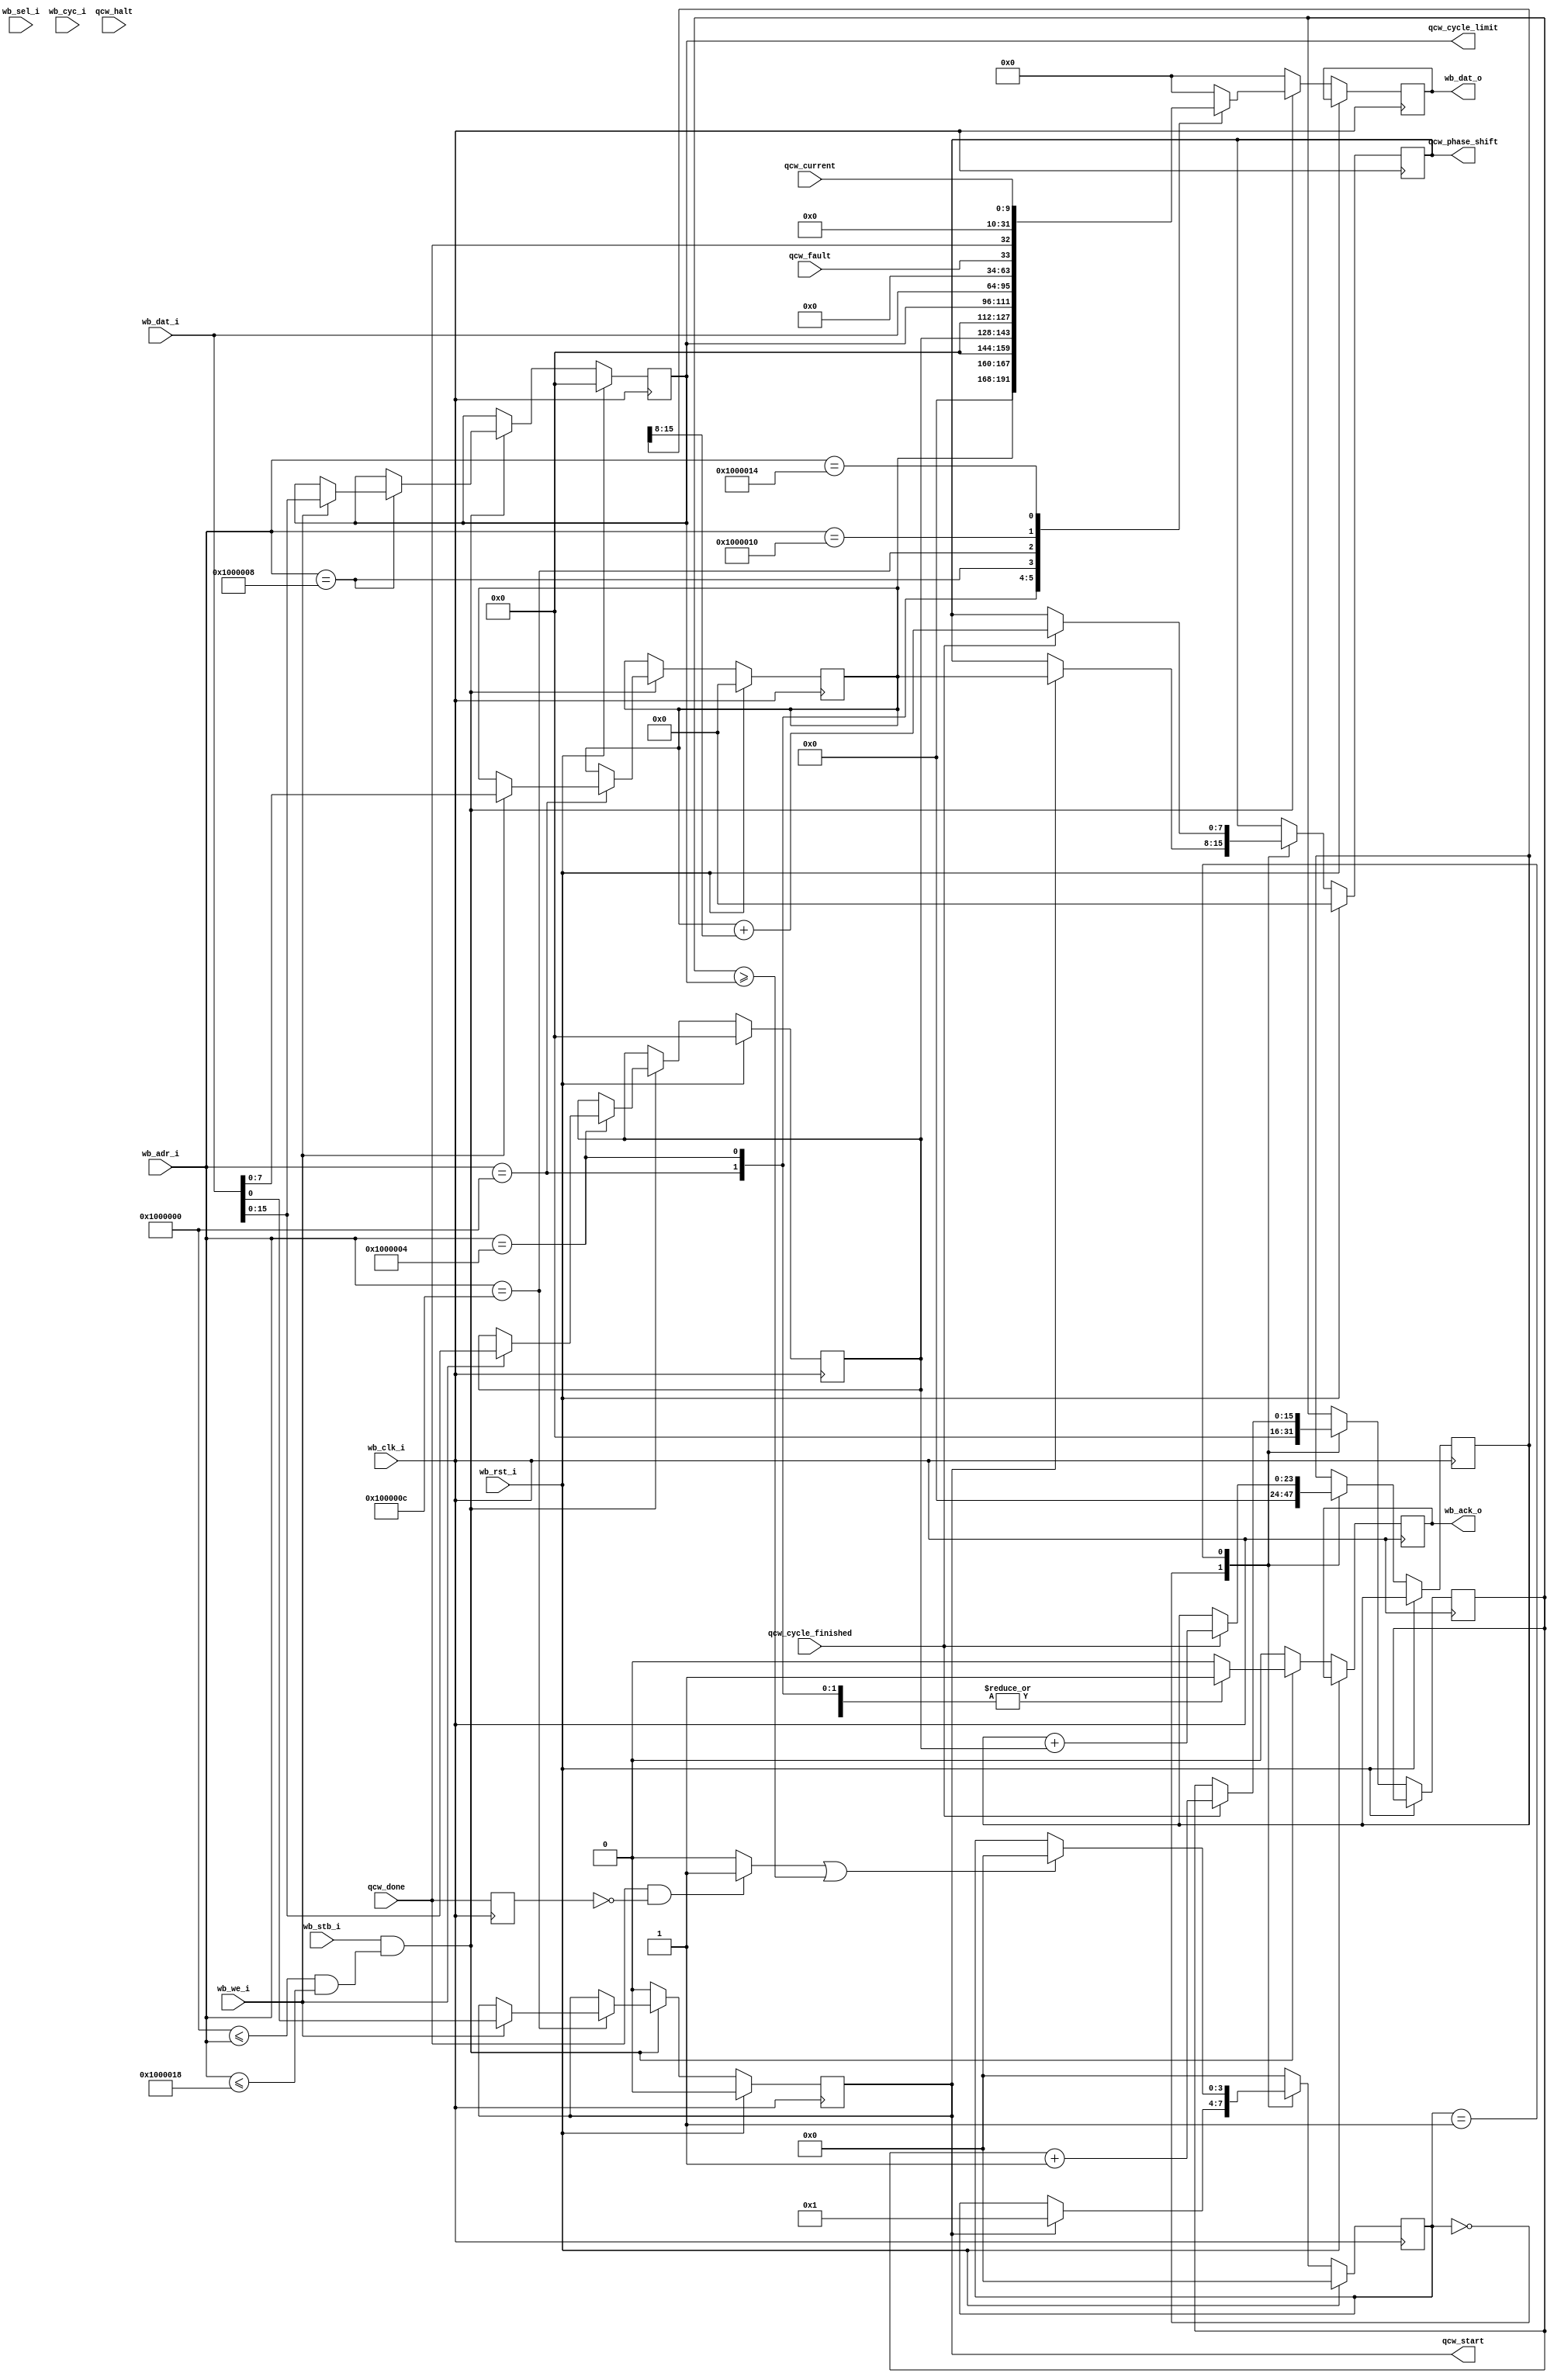
module wb_power_interface #(
	parameter BASE_ADR = 32'h1000000
	)(
	input wire wb_clk_i,
	input wire wb_rst_i,

	input wire [31:0] wb_adr_i,
	input wire [31:0] wb_dat_i,
	input wire [3:0] wb_sel_i, // byte write enable
	input wire wb_we_i, //write enable from bus
	input wire wb_cyc_i, //wishbone transaction is taking place
	input wire wb_stb_i, //wishbone transction request

	output reg wb_ack_o, //bus request ack'ed
	output reg [31:0] wb_dat_o, //data output


	output wire qcw_start,
	output wire [15:0] qcw_cycle_limit,
	output wire [7:0] qcw_phase_shift,

	input wire qcw_done,
	input wire qcw_cycle_finished,
	input wire qcw_fault,
	input wire qcw_halt,
	input wire [9:0] qcw_current

	);

	localparam ADR_RANGE = 4*6;

	localparam PHASE_START_OFFSET = 0*4;
	localparam PHASE_STEP_OFFSET = 1*4;
	localparam CYCLE_LIMIT_OFFSET = 2*4;
	localparam START_OFFSET = 3*4;
	localparam STATUS_OFFSET = 4*4;
	localparam CURRENT_OFFSET = 5*4;

	localparam FSM_IDLE = 0;
	localparam FSM_START = 1;



	reg [7:0] phase_start = 0;
	reg [15:0] phase_step = 0; 
	reg [15:0] cycle_limit = 0;
	reg start_reg = 0;
	reg [7:0] phase_value = 0;
	reg [15:0] cycle_counter = 0;

	reg [23:0] phase_accum = 0;

	reg [3:0] fsm_state = 0;

	reg qcw_done_last = 0;
	wire burst_finished;

	wire adr_selected;

	assign burst_finished = (qcw_done == 1) && (qcw_done_last == 0) ? 1 : 0;


	assign adr_selected = (BASE_ADR <= wb_adr_i) && (wb_adr_i <= (BASE_ADR + ADR_RANGE));
	assign qcw_start = start_reg;
	assign qcw_cycle_limit = cycle_limit;
	assign qcw_phase_shift = phase_value;



	always @(posedge wb_clk_i) begin
		qcw_done_last <= qcw_done;
	//reset condition 
		if (wb_rst_i) begin	
			start_reg <= 0;
			phase_start <= 0;
			phase_step <= 0;
			cycle_limit <= 0;
			fsm_state <= 0;
			phase_value <= 0;
		end
		else begin
			//FSM 
			case(fsm_state)
				(FSM_IDLE): begin
					cycle_counter <= 0;
					phase_accum <= 0;
					if(start_reg) begin
						fsm_state <= FSM_START;
						phase_value <= phase_start;
					end 
				end

				(FSM_START): begin
					if(qcw_cycle_finished) begin
						cycle_counter <= cycle_counter + 1;
						phase_accum <= phase_accum + phase_step;
						phase_value <= phase_start + (phase_accum>>8);
					end
					if(burst_finished || (cycle_counter>=cycle_limit)) begin
						fsm_state <= FSM_IDLE;
					end
				end

				default: fsm_state <= FSM_IDLE;

			endcase


			if (wb_stb_i && adr_selected) begin
				case(wb_adr_i)
					(BASE_ADR + PHASE_START_OFFSET): begin
						if(wb_we_i) phase_start <= wb_dat_i[7:0];
						wb_dat_o <= phase_start;
						wb_ack_o <= 1'b1;
					end

					(BASE_ADR + PHASE_STEP_OFFSET): begin
						if(wb_we_i) phase_step <= wb_dat_i[15:0];
						wb_dat_o <= phase_step;
						wb_ack_o <= 1'b1;
					end

					(BASE_ADR + CYCLE_LIMIT_OFFSET): begin
						if(wb_we_i) cycle_limit <= wb_dat_i[15:0]; 
						wb_dat_o <= cycle_limit;
						wb_ack_o <= 1'b1;
					end

					(BASE_ADR + START_OFFSET): begin
						if(wb_we_i) start_reg <= wb_dat_i[0]; 
						wb_dat_o <= wb_dat_i;
						wb_ack_o <= 1'b1;
					end

					(BASE_ADR + STATUS_OFFSET): begin
						wb_dat_o <= {30'b0,qcw_fault, qcw_done};
						wb_ack_o <= 1'b1;
					end

					(BASE_ADR + CURRENT_OFFSET): begin
						wb_dat_o <= {22'b0, qcw_current};
						wb_ack_o <= 0;
					end

					default: begin
						wb_ack_o <= 1'b0;
						wb_dat_o <= 32'b0;
					end
				endcase
			end
			else begin
				start_reg <= 1'b0;
				wb_ack_o <= 1'b0;
				wb_dat_o <= 32'b0;
			end
		end
	end
endmodule